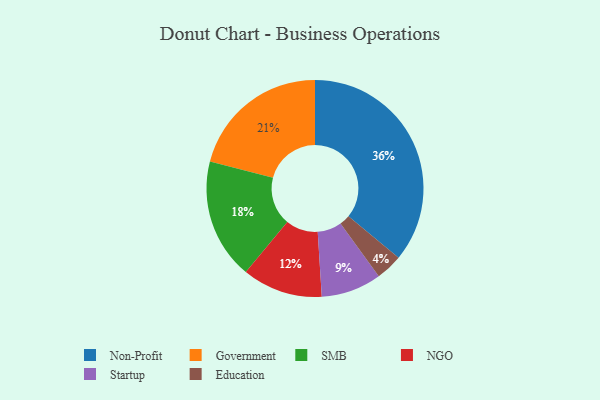
{"axis": {"x": "Category", "y": "Percentage"}, "legend": ["Education", "Government", "NGO", "Non-Profit", "SMB", "Startup"], "data": [{"x": "Startup", "y": 9, "type": "Startup"}, {"x": "Non-Profit", "y": 36, "type": "Non-Profit"}, {"x": "SMB", "y": 18, "type": "SMB"}, {"x": "Government", "y": 21, "type": "Government"}, {"x": "Education", "y": 4, "type": "Education"}, {"x": "NGO", "y": 12, "type": "NGO"}]}